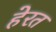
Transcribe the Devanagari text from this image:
हेरत